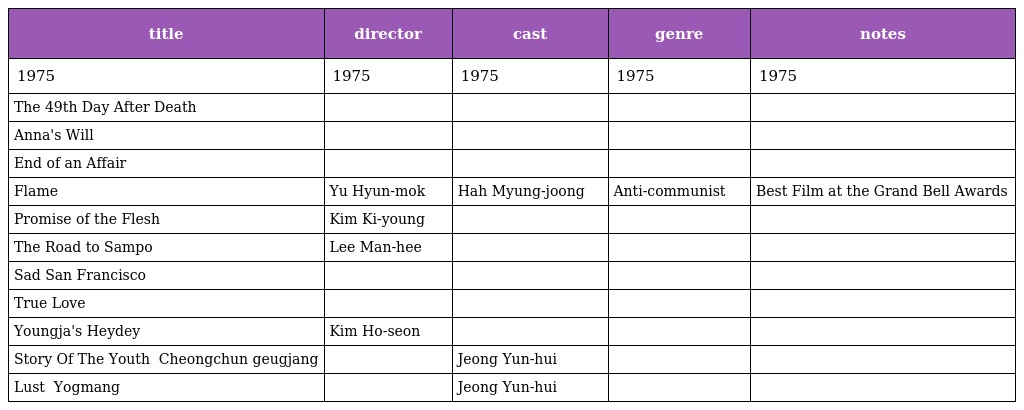
| title | director | cast | genre | notes |
 | --- | --- | --- | --- | --- |
 | 1975 | 1975 | 1975 | 1975 | 1975 |
 | The 49th Day After Death |  |  |  |  |
 | Anna's Will |  |  |  |  |
 | End of an Affair |  |  |  |  |
 | Flame | Yu Hyun-mok | Hah Myung-joong | Anti-communist | Best Film at the Grand Bell Awards |
 | Promise of the Flesh | Kim Ki-young |  |  |  |
 | The Road to Sampo | Lee Man-hee |  |  |  |
 | Sad San Francisco |  |  |  |  |
 | True Love |  |  |  |  |
 | Youngja's Heydey | Kim Ho-seon |  |  |  |
 | Story Of The Youth 청춘극장 Cheongchun geugjang |  | Jeong Yun-hui |  |  |
 | Lust 욕망 Yogmang |  | Jeong Yun-hui |  |  |